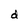
Character: d